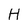
Character: H